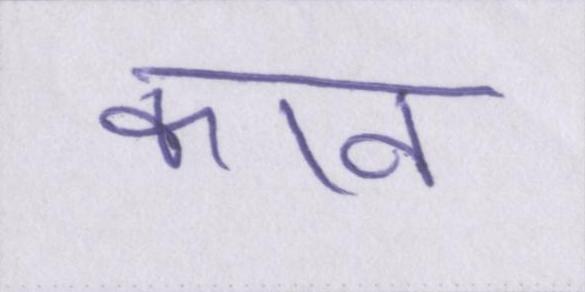
कान